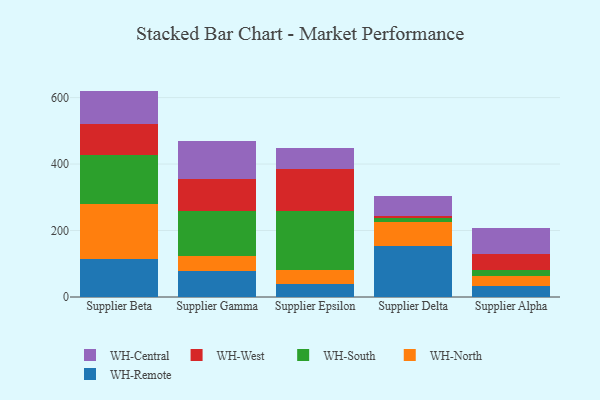
{"axis": {"x": "Supplier", "y": "Production Output"}, "legend": ["WH-Central", "WH-North", "WH-Remote", "WH-South", "WH-West"], "data": [{"x": "Supplier Beta", "y": 113.2, "type": "WH-Remote"}, {"x": "Supplier Beta", "y": 167.1, "type": "WH-North"}, {"x": "Supplier Beta", "y": 147.5, "type": "WH-South"}, {"x": "Supplier Beta", "y": 92.3, "type": "WH-West"}, {"x": "Supplier Beta", "y": 100.2, "type": "WH-Central"}, {"x": "Supplier Gamma", "y": 77.8, "type": "WH-Remote"}, {"x": "Supplier Gamma", "y": 45.9, "type": "WH-North"}, {"x": "Supplier Gamma", "y": 134.6, "type": "WH-South"}, {"x": "Supplier Gamma", "y": 97.8, "type": "WH-West"}, {"x": "Supplier Gamma", "y": 112.7, "type": "WH-Central"}, {"x": "Supplier Epsilon", "y": 39.5, "type": "WH-Remote"}, {"x": "Supplier Epsilon", "y": 42.7, "type": "WH-North"}, {"x": "Supplier Epsilon", "y": 178.0, "type": "WH-South"}, {"x": "Supplier Epsilon", "y": 124.4, "type": "WH-West"}, {"x": "Supplier Epsilon", "y": 64.7, "type": "WH-Central"}, {"x": "Supplier Delta", "y": 152.9, "type": "WH-Remote"}, {"x": "Supplier Delta", "y": 71.7, "type": "WH-North"}, {"x": "Supplier Delta", "y": 14.2, "type": "WH-South"}, {"x": "Supplier Delta", "y": 6.4, "type": "WH-West"}, {"x": "Supplier Delta", "y": 58.8, "type": "WH-Central"}, {"x": "Supplier Alpha", "y": 32.5, "type": "WH-Remote"}, {"x": "Supplier Alpha", "y": 29.2, "type": "WH-North"}, {"x": "Supplier Alpha", "y": 18.2, "type": "WH-South"}, {"x": "Supplier Alpha", "y": 49.5, "type": "WH-West"}, {"x": "Supplier Alpha", "y": 77.1, "type": "WH-Central"}]}